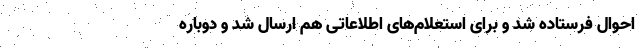
احوال فرستاده شد و برای استعلام‌های اطلاعاتی هم ارسال شد و دوباره